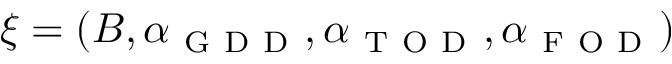
\xi = ( B , \alpha _ { \mathrm { ~ G ~ D ~ D ~ } } , \alpha _ { \mathrm { ~ T ~ O ~ D ~ } } , \alpha _ { \mathrm { ~ F ~ O ~ D ~ } } )